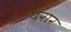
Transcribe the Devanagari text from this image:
पेरार